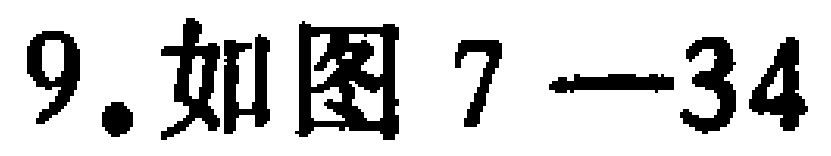
9.如图7—34